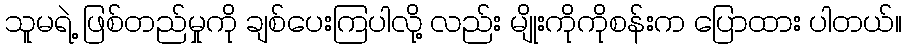
သူမရဲ့ ဖြစ်တည်မှုကို ချစ်ပေးကြပါလို့ လည်း မျိုးကိုကိုစန်းက ပြောထား ပါတယ်။